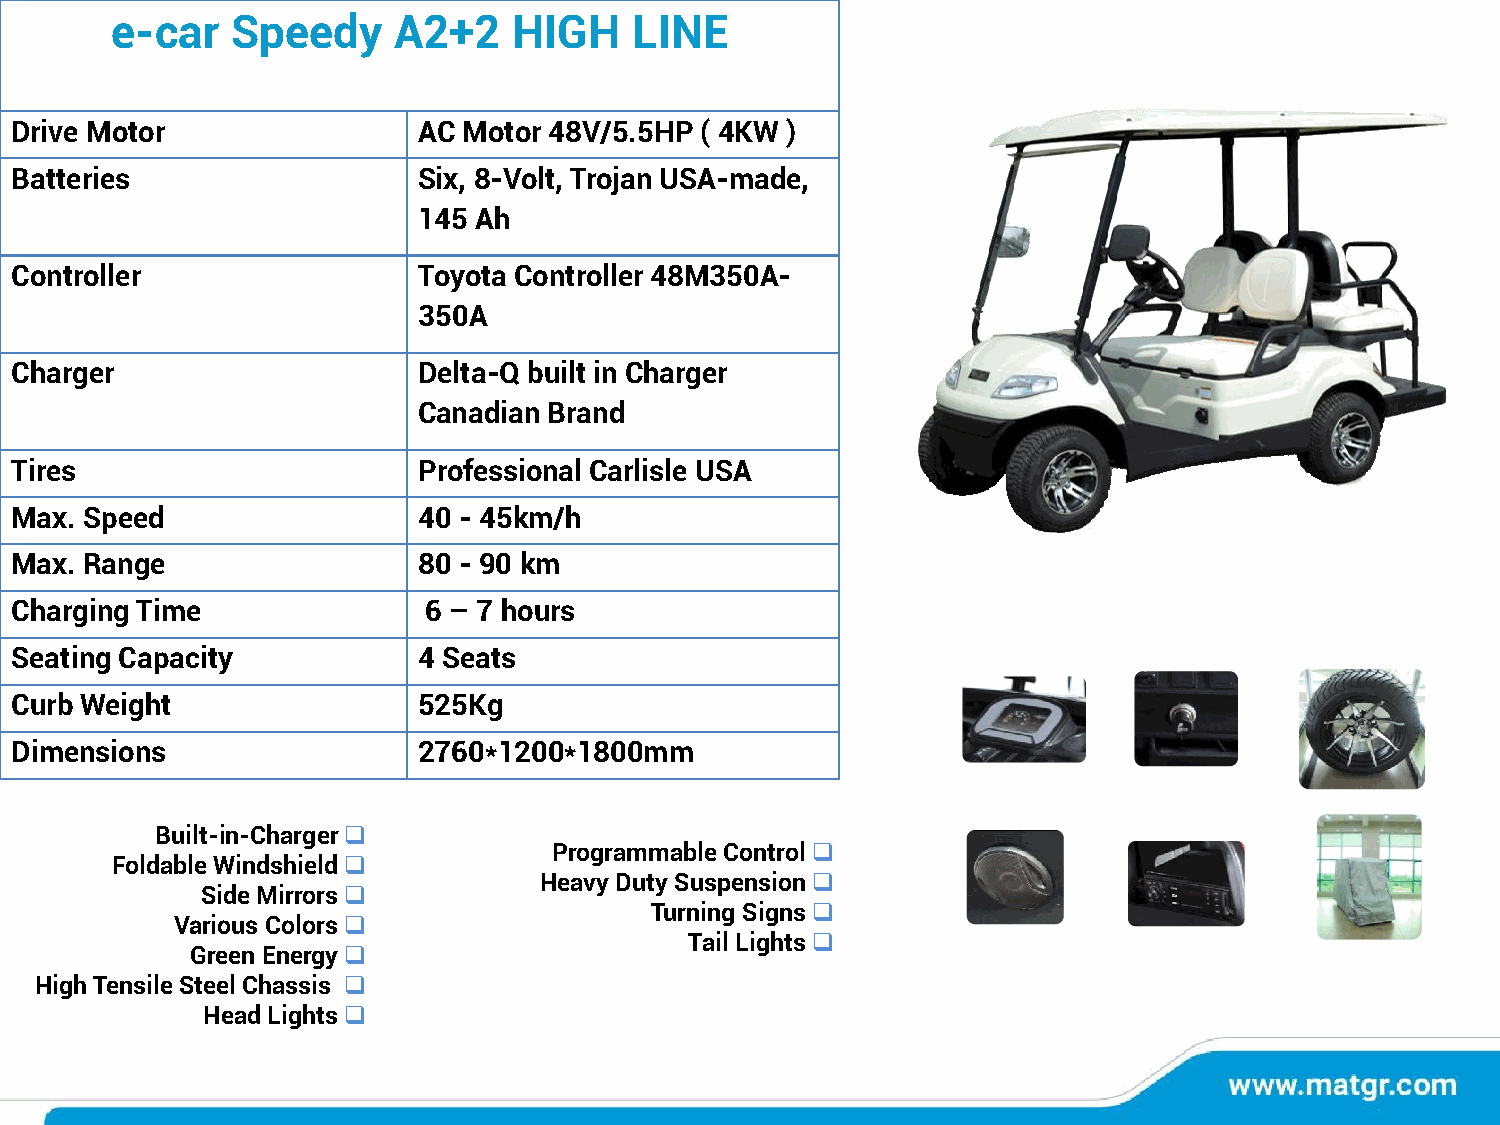
e-car   Speedy     A2+2    HIGH    LINE
 Drive Motor                AC Motor 48V/5.5HP ( 4KW )
 Batteries                  Six, 8-Volt, Trojan USA-made,
 145 Ah
 Controller                 Toyota Controller 48M350A-
 350A
 Charger                    Delta-Q built in Charger
 Canadian Brand
 Tires                      Professional Carlisle USA
 Max. Speed                 40 - 45km/h
 Max. Range                 80 - 90 km
 Charging Time              6 – 7 hours
 Seating Capacity           4 Seats
 Curb Weight                525Kg
 Dimensions                 2760*1200*1800mm
 Built-in-Charger❑
 Programmable Control❑
 Foldable Windshield❑
 Heavy Duty Suspension❑
 Side Mirrors❑
 Turning Signs❑
 Various Colors❑
 Tail Lights❑
 Green Energy❑
 High Tensile Steel Chassis ❑
 Head Lights❑